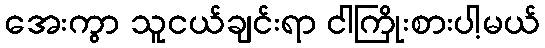
အေးကွာ သူငယ်ချင်းရာ ငါကြိုးစားပါ့မယ်